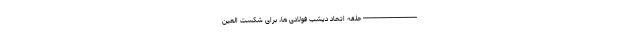
--------------------------- حلقه اتحاد دیشب فولادی ها، برای شکست العین